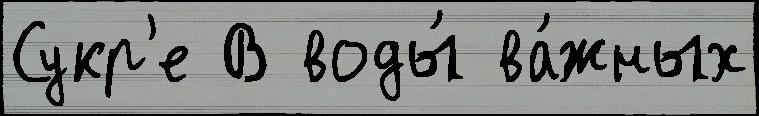
Сукр'е В воды́ ва́жных